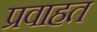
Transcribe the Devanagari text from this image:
प्रवाहत